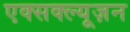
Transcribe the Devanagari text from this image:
एक्सक्ल्यूज़न